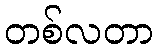
တစ်လတာ